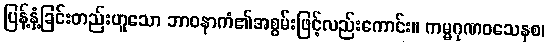
ပြန့်နှံ့ခြင်းတည်းဟူသော ဘာဝနာကံ၏အစွမ်းဖြင့်လည်းကောင်း။ ကမ္မဂုဏဝသေနစ၊